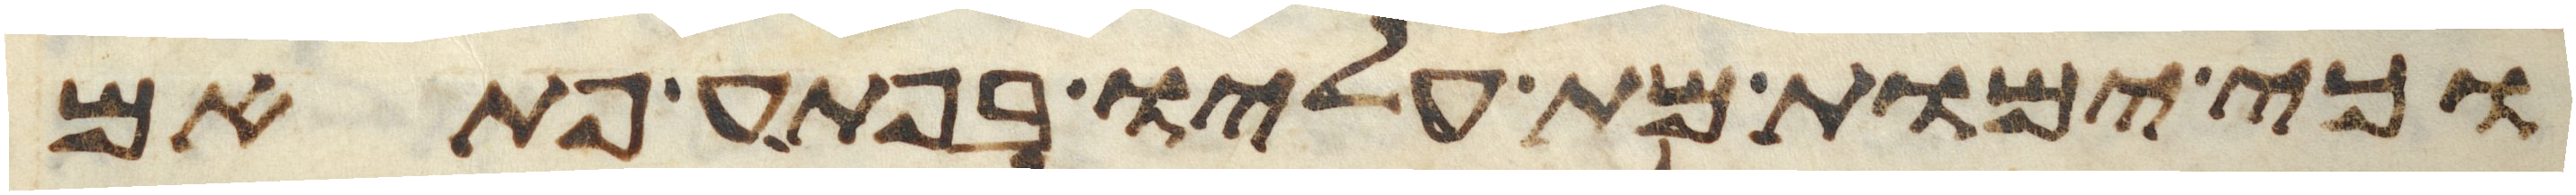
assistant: וכי ימות מת עליו בפתע פתאם